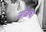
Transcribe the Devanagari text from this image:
नळिका